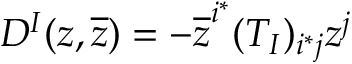
D ^ { I } ( z , \overline { { z } } ) = - \overline { { z } } ^ { i ^ { * } } ( T _ { I } ) _ { i ^ { * } j } z ^ { j }